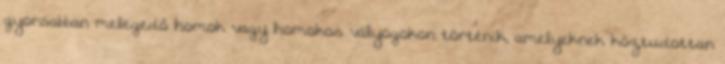
gyorsabban melegedő homok vagy homokos vályogokon történik, amelyeknek köztudottan